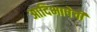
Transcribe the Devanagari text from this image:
आदिभाषेची